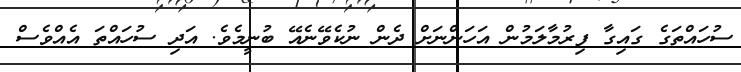
ސުހައްތަގެ ގައިގާ ފިރުމާލަމުން އަހަންނަށް ދެން ނުކެވޭނެއޭ ބުނީމެވެ. އަދި ސުހައްތަ އެއްވެސް